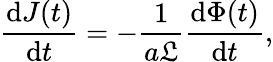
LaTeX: \frac{\mathrm{d}J(t)}{\mathrm{d}t}=-\frac{1}{a\mathfrak{L}}\frac{\mathrm{d}\Phi(t)}{\mathrm{d}t},